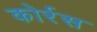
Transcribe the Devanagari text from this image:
कोर्रस